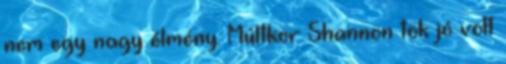
nem egy nagy élmény. Múltkor Shannon tök jó volt